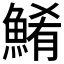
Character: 𲌹